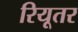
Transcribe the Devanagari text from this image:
रियूतर